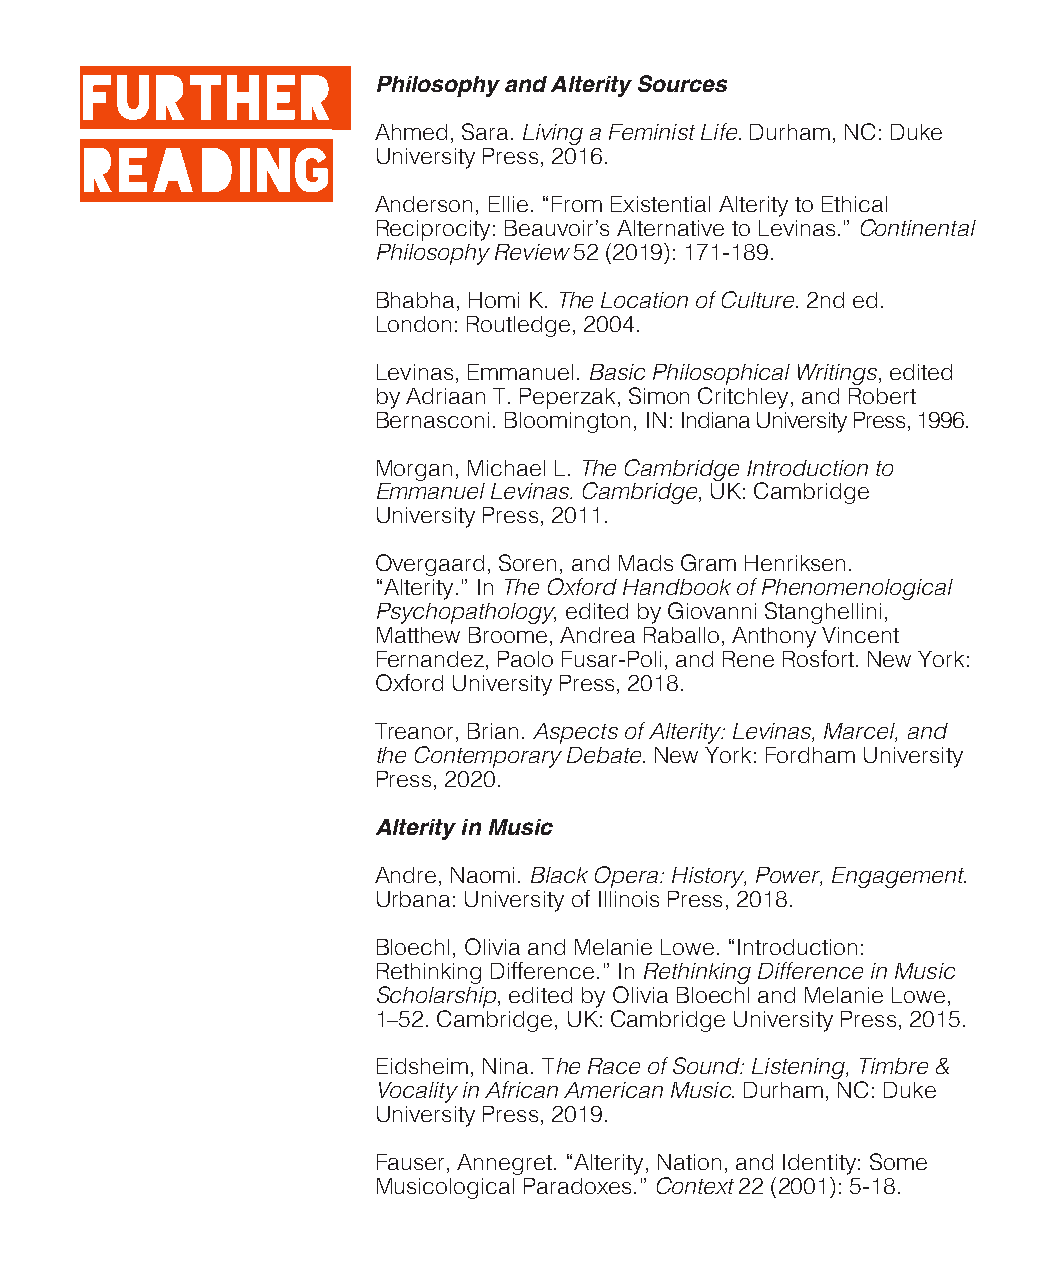
Further
 Philosophy and Alterity Sources
 Ahmed, Sara. Living a Feminist Life. Durham, NC: Duke
 Reading
 University Press, 2016.
 Anderson, Ellie. “From Existential Alterity to Ethical
 Reciprocity: Beauvoir’s Alternative to Levinas.” Continental
 Philosophy Review 52 (2019): 171-189.
 Bhabha, Homi K. The Location of Culture. 2nd ed.
 London: Routledge, 2004.
 Levinas, Emmanuel. Basic Philosophical Writings, edited
 by Adriaan T. Peperzak, Simon Critchley, and Robert
 Bernasconi. Bloomington, IN: Indiana University Press, 1996.
 Morgan, Michael L. The Cambridge Introduction to
 Emmanuel Levinas. Cambridge, UK: Cambridge
 University Press, 2011.
 Overgaard, Soren, and Mads Gram Henriksen.
 “Alterity.” In The Oxford Handbook of Phenomenological
 Psychopathology, edited by Giovanni Stanghellini,
 Matthew Broome, Andrea Raballo, Anthony Vincent
 Fernandez, Paolo Fusar-Poli, and Rene Rosfort. New York:
 Oxford University Press, 2018.
 Treanor, Brian. Aspects of Alterity: Levinas, Marcel, and
 the Contemporary Debate. New York: Fordham University
 Press, 2020.
 Alterity in Music
 Andre, Naomi. Black Opera: History, Power, Engagement.
 Urbana: University of Illinois Press, 2018.
 Bloechl, Olivia and Melanie Lowe. “Introduction:
 Rethinking Difference.” In Rethinking Difference in Music
 Scholarship, edited by Olivia Bloechl and Melanie Lowe,
 1‒52. Cambridge, UK: Cambridge University Press, 2015.
 Eidsheim, Nina. The Race of Sound: Listening, Timbre &
 Vocality in African American Music. Durham, NC: Duke
 University Press, 2019.
 Fauser, Annegret. “Alterity, Nation, and Identity: Some
 Musicological Paradoxes.” Context 22 (2001): 5-18.